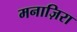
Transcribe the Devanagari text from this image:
मनाज़िरा